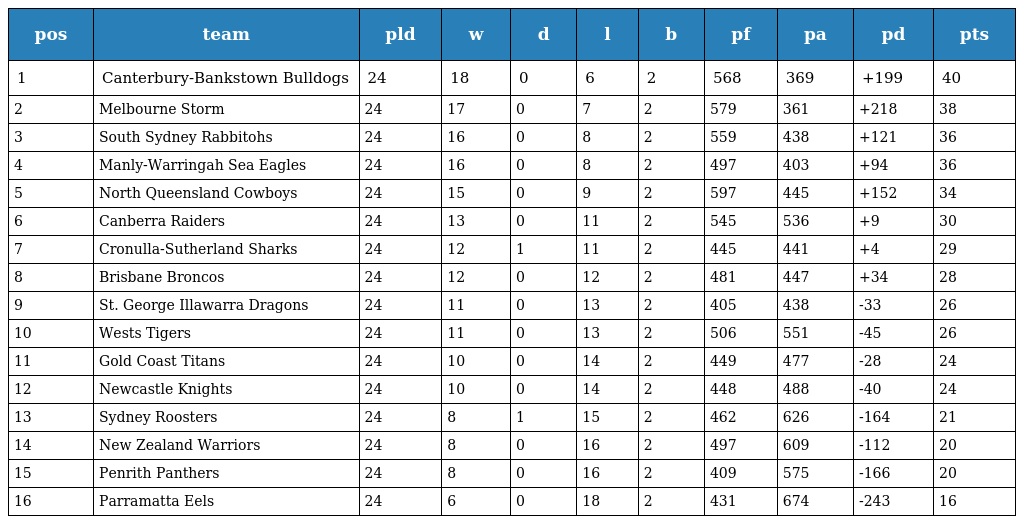
| pos | team | pld | w | d | l | b | pf | pa | pd | pts |
 | --- | --- | --- | --- | --- | --- | --- | --- | --- | --- | --- |
 | 1 | Canterbury-Bankstown Bulldogs | 24 | 18 | 0 | 6 | 2 | 568 | 369 | +199 | 40 |
 | 2 | Melbourne Storm | 24 | 17 | 0 | 7 | 2 | 579 | 361 | +218 | 38 |
 | 3 | South Sydney Rabbitohs | 24 | 16 | 0 | 8 | 2 | 559 | 438 | +121 | 36 |
 | 4 | Manly-Warringah Sea Eagles | 24 | 16 | 0 | 8 | 2 | 497 | 403 | +94 | 36 |
 | 5 | North Queensland Cowboys | 24 | 15 | 0 | 9 | 2 | 597 | 445 | +152 | 34 |
 | 6 | Canberra Raiders | 24 | 13 | 0 | 11 | 2 | 545 | 536 | +9 | 30 |
 | 7 | Cronulla-Sutherland Sharks | 24 | 12 | 1 | 11 | 2 | 445 | 441 | +4 | 29 |
 | 8 | Brisbane Broncos | 24 | 12 | 0 | 12 | 2 | 481 | 447 | +34 | 28 |
 | 9 | St. George Illawarra Dragons | 24 | 11 | 0 | 13 | 2 | 405 | 438 | -33 | 26 |
 | 10 | Wests Tigers | 24 | 11 | 0 | 13 | 2 | 506 | 551 | -45 | 26 |
 | 11 | Gold Coast Titans | 24 | 10 | 0 | 14 | 2 | 449 | 477 | -28 | 24 |
 | 12 | Newcastle Knights | 24 | 10 | 0 | 14 | 2 | 448 | 488 | -40 | 24 |
 | 13 | Sydney Roosters | 24 | 8 | 1 | 15 | 2 | 462 | 626 | -164 | 21 |
 | 14 | New Zealand Warriors | 24 | 8 | 0 | 16 | 2 | 497 | 609 | -112 | 20 |
 | 15 | Penrith Panthers | 24 | 8 | 0 | 16 | 2 | 409 | 575 | -166 | 20 |
 | 16 | Parramatta Eels | 24 | 6 | 0 | 18 | 2 | 431 | 674 | -243 | 16 |